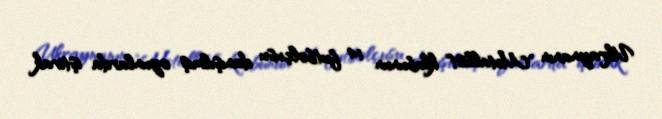
Ukraynanın "Metallist" klubunun 14 futbolçusu danışılmış oyunlarda iştirak